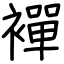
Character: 襌